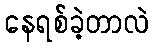
နေရစ်ခဲ့တာလဲ